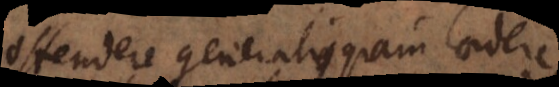
Offendere generalius quam laedere,